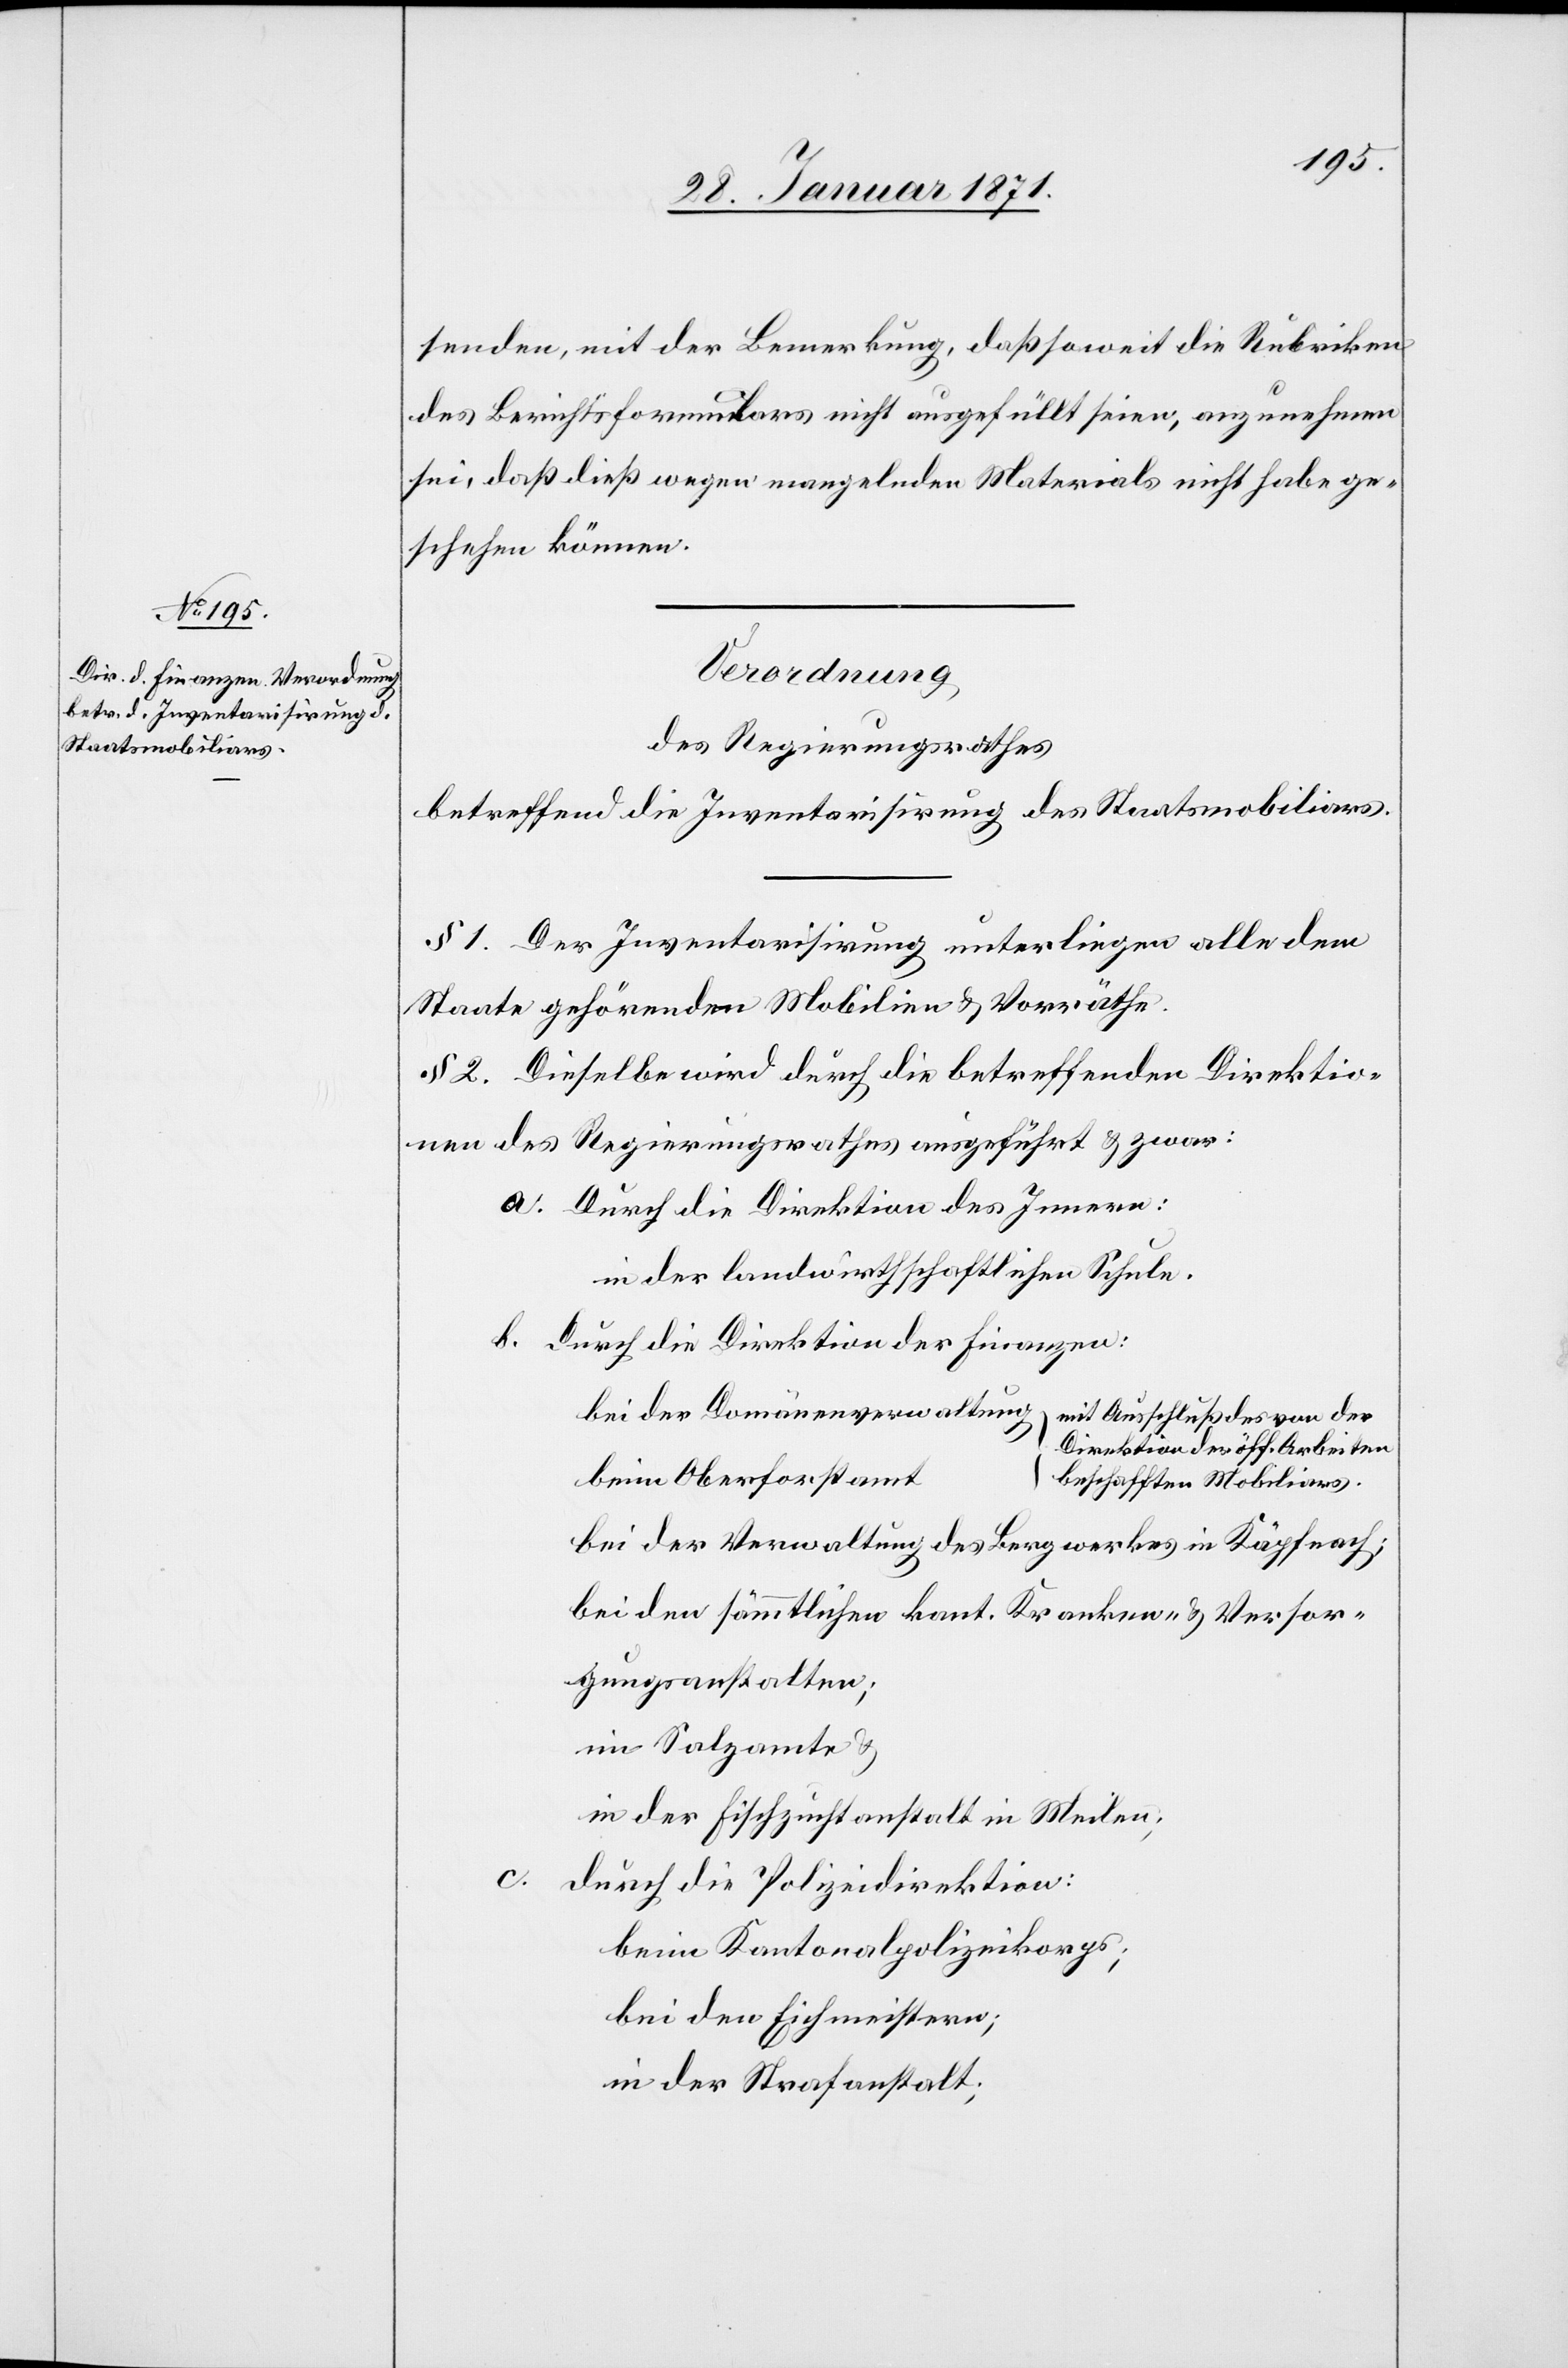
senden, mit der Bemerkung, daß soweit die Rubriken
des Berichtsformulars nicht ausgefüllt seien, anzunehmen
sei, daß dieß wegen mangelnden Materials nicht habe ge¬
schehen können.
Verordnung
des Regierungsrathes
betreffend die Inventarisirung des Staatsmobiliars.
§ 1. Der Inventarisirung unterliegen alle dem
Staate gehörenden Mobilien u. Vorräthe.
§ 2. Dieselbe wird durch die betreffenden Direktio¬
nen des Regierungsrathes ausgeführt u. zwar:
Durch die Direktion des Innern:
in der landwirthschaftlichen Schule.
durch die Direktion der Finanzen:
bei der Domänenverwaltung
mit Ausschluß des von der
Direktion der öff. Arbeiten
beim Oberforstamt
beschafften Mobiliars.
bei der Verwaltung des Bergwerkes in Käpfnach;
bei den sämmtlichen kant. Kranken- u. Versor¬
gungsanstalten;
im Salzamte u.
in der Fischzuchtanstalt in Meilen;
c.
durch die Polizeidirektion:
beim Kantonalpolizeikorps;
bei den Eichmeistern;
in der Strafanstalt;